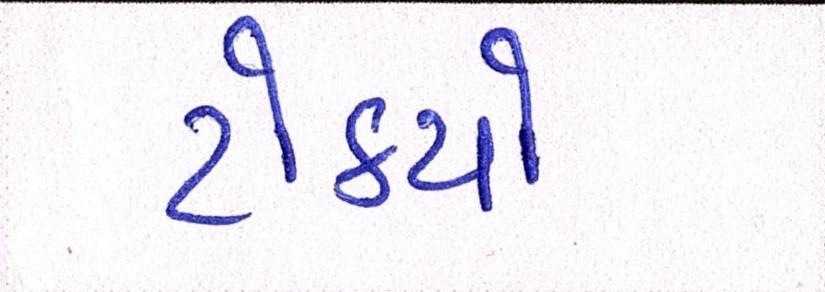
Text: ટોક્યો